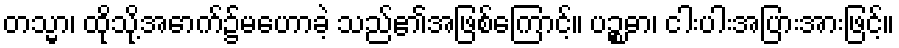
တသ္မာ၊ ထိုသို့အောက်၌မဟောခဲ့ သည်၏အဖြစ်ကြောင့်။ ပဉ္စဓာ၊ ငါးပါးအပြားအားဖြင့်။